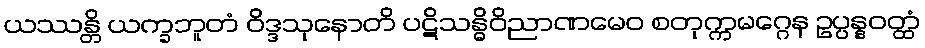
ယဿန္တိ ယက္ခဘူတံ ဝိဒ္ဒသုနောတိ ပဋိသန္ဓိဝိညာဏမေဝ စတုက္ကမဂ္ဂေန ဥပ္ပန္နဝတ္ထံ